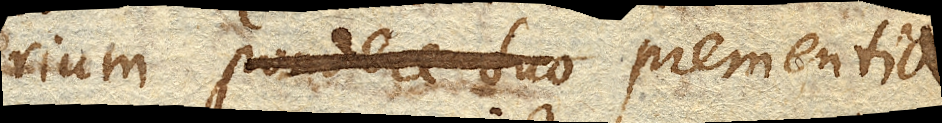
rium pondere suo prementia